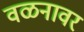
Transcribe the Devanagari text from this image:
वळनावर